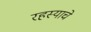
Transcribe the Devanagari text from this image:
रहस्याचे